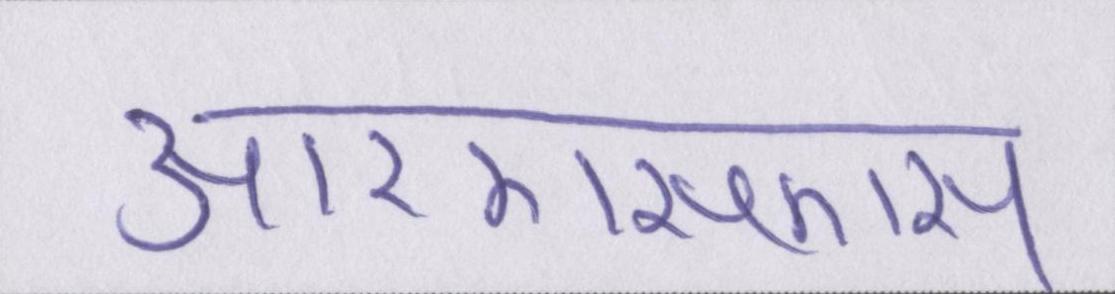
आरएसएस